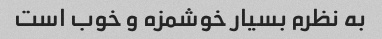
به نظرم بسیار خوشمزه و خوب است